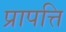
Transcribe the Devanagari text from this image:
प्रापत्ति